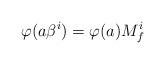
LaTeX: \begin{align*} \varphi(a\beta^i)=\varphi(a)M_f^i\end{align*}